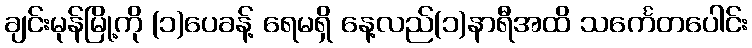
ချင်းမုန်မြို့ကို (၁)ပေခန့် ရေမရှိ နေ့လည်(၁)နာရီအထိ သင်္ကေတပေါင်း